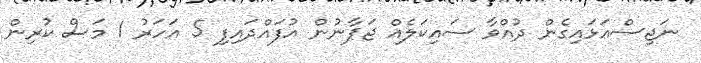
ނަޖިސްއަޅައިގެން ދުއްވާ ސައިކަލެއް ޖަޕާނުން އުފައްދައިފި 5 އަހަރު 1 މަސް ކުރިން